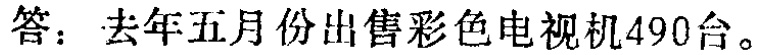
答：去年五月份出售彩色电视机490台。